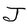
Character: J